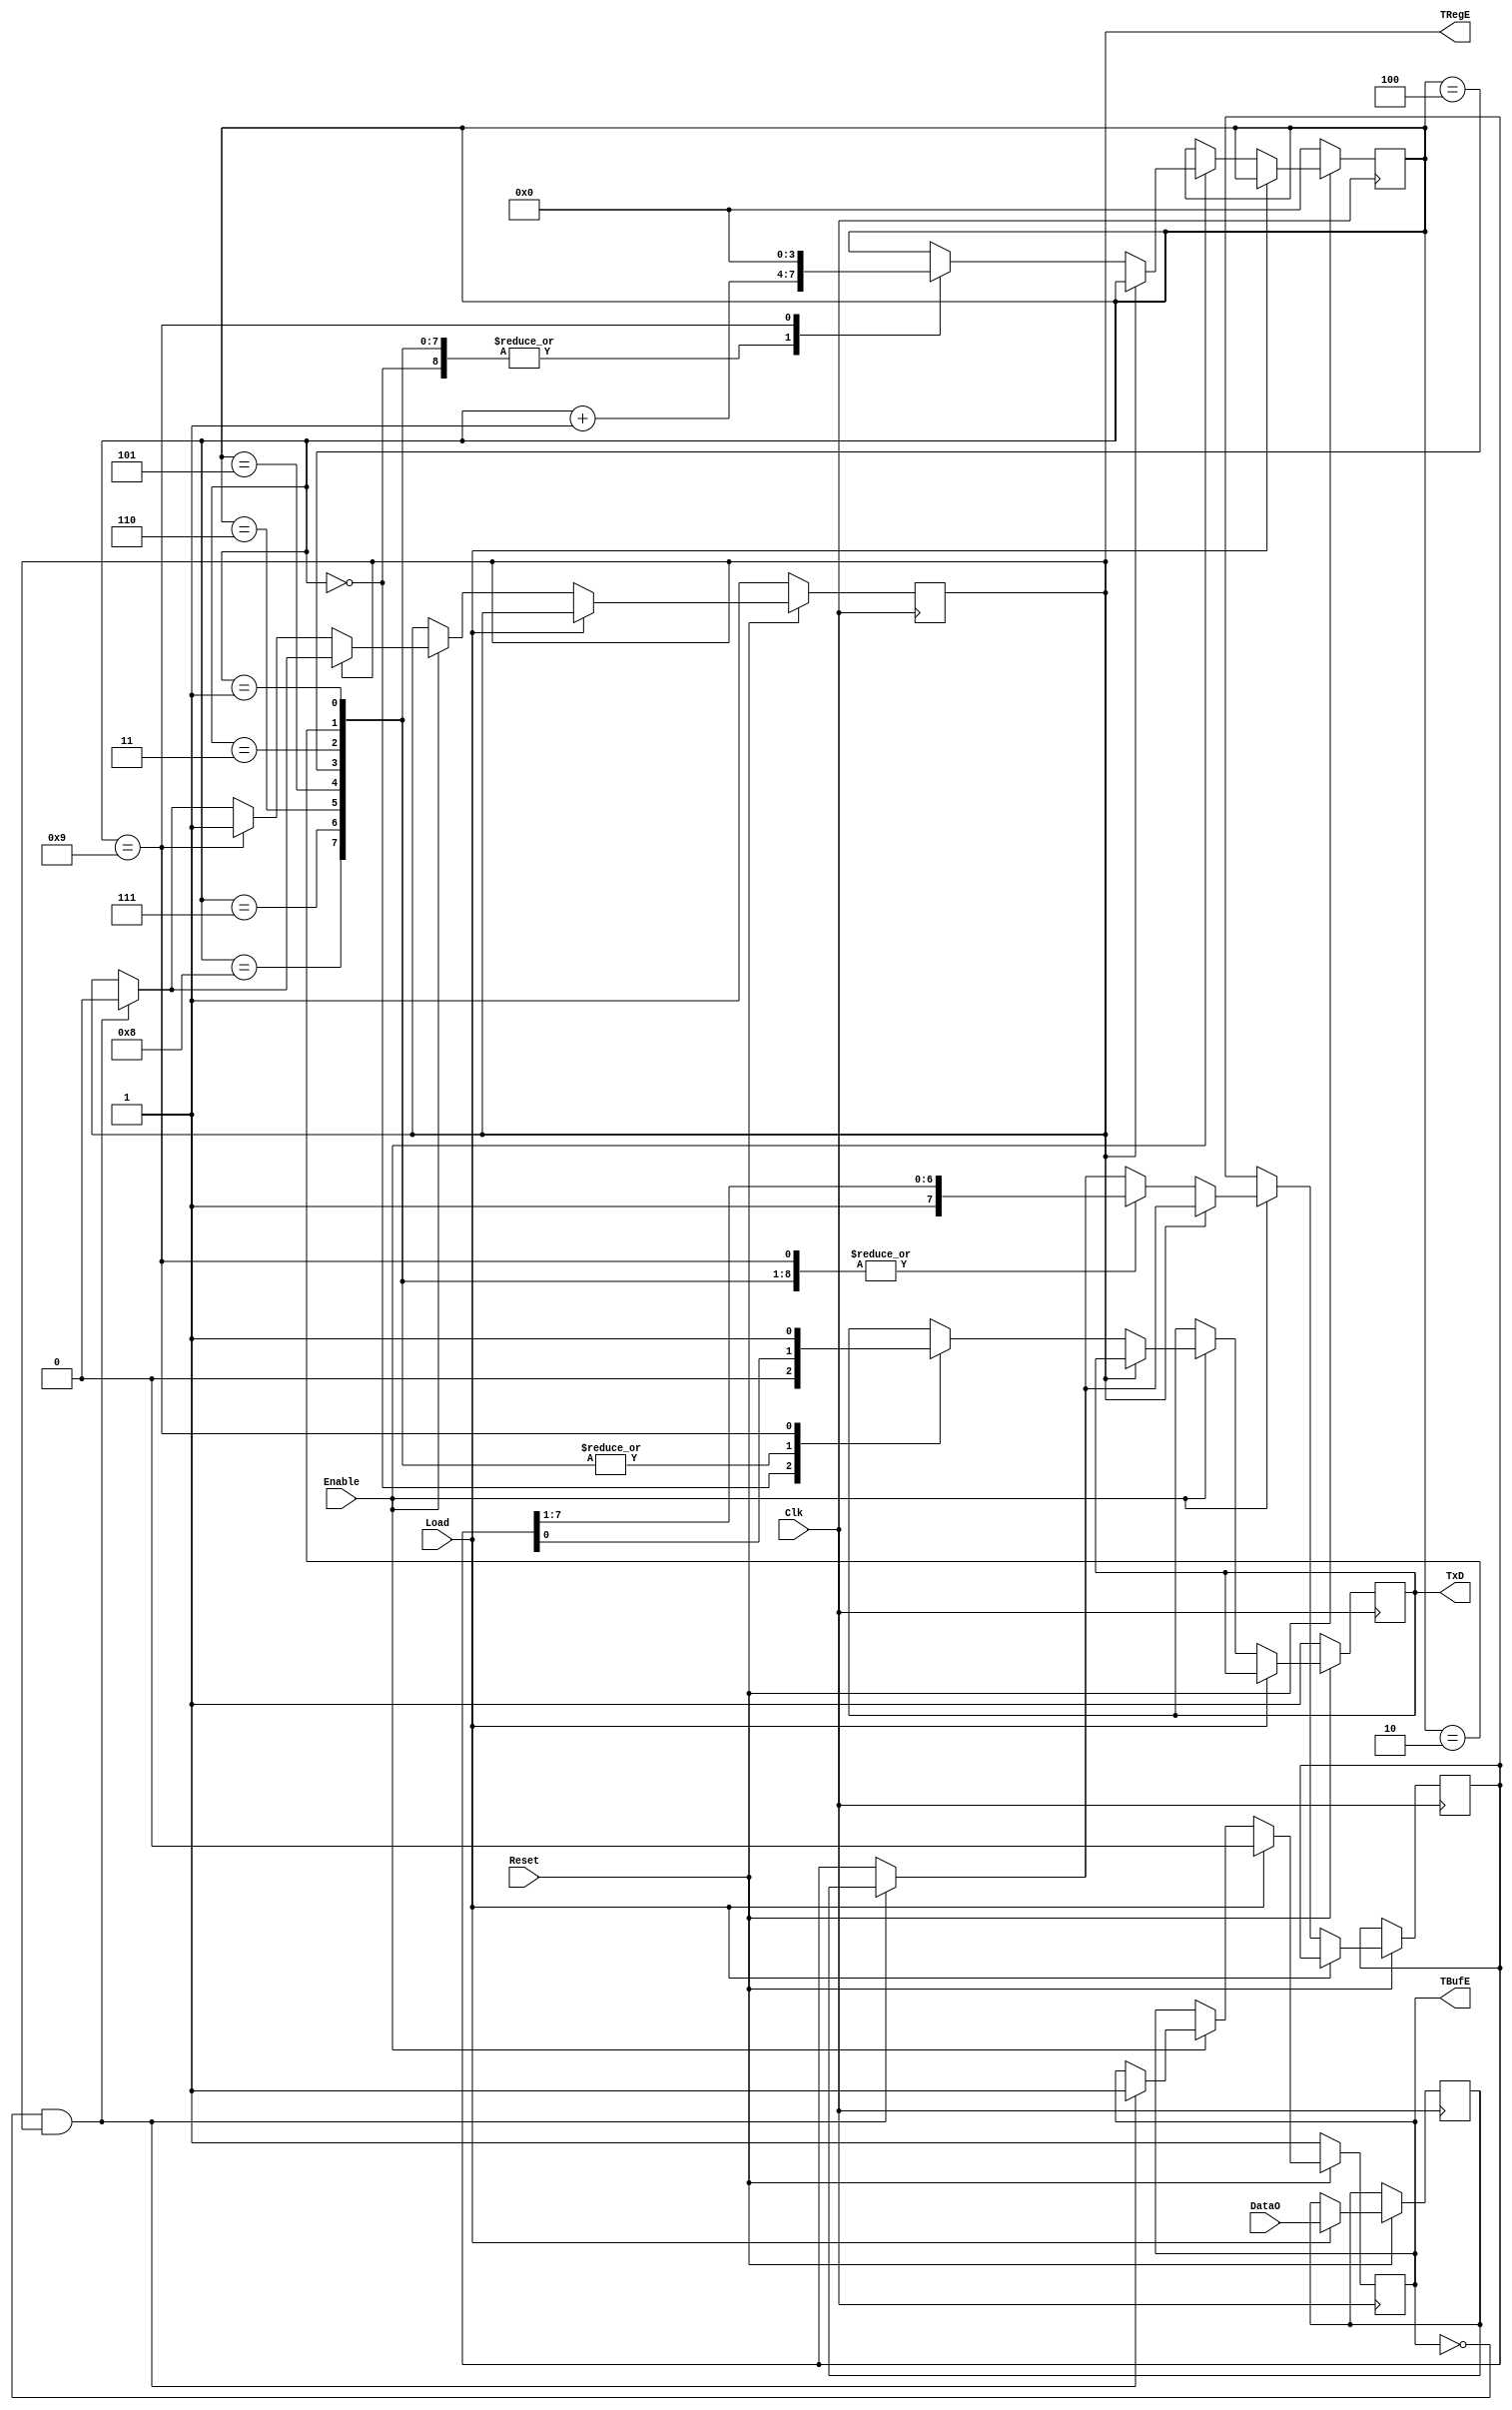
// File TxUnit.vhd translated with vhd2vl v2.0 VHDL to Verilog RTL translator
// Copyright (C) 2001 Vincenzo Liguori - Ocean Logic Pty Ltd - http://www.ocean-logic.com
// Modifications (C) 2006 Mark Gonzales - PMC Sierra Inc
// 
// vhd2vl comes with ABSOLUTELY NO WARRANTY
// ALWAYS RUN A FORMAL VERIFICATION TOOL TO COMPARE VHDL INPUT TO VERILOG OUTPUT 
// 
// This is free software, and you are welcome to redistribute it under certain conditions.
// See the license file license.txt included with the source for details.

//===========================================================================--
//
//  S Y N T H E Z I A B L E    miniUART   C O R E
//
//  www.OpenCores.Org - January 2000
//  This core adheres to the GNU public license  
//
// Design units   : miniUART core for the OCRP-1
//
//
// Purpose        : Implements an miniUART device for communication purposes 
//                  between the OR1K processor and the Host computer through
//                  an RS-232 communication protocol.
//                  
// Library        : uart_lib.vhd
//
// Dependencies   : IEEE.Std_Logic_1164
//
//===========================================================================--
//-----------------------------------------------------------------------------
// Revision list
// Version   Author                 Date                        Changes
//
// 0.1      Ovidiu Lupas       15 January 2000                 New model
// 2.0      Ovidiu Lupas       17 April   2000    unnecessary variable removed
//  olupas@opencores.org
//-----------------------------------------------------------------------------
// Description    : 
//-----------------------------------------------------------------------------
// Entity for the Tx Unit                                                    --
//-----------------------------------------------------------------------------
//-----------------------------------------------------------------------------
// Transmitter unit
//-----------------------------------------------------------------------------
`timescale 1ns/1ps

module TxUnit(
Clk,
Reset,
Enable,
Load,
TxD,
TRegE,
TBufE,
DataO
);

input Clk; // Clock signal
input Reset; // Reset input
input Enable; // Enable input
input Load; // Load transmit data
output TxD; // RS-232 data output
output TRegE; // Tx register empty
output TBufE; // Tx buffer empty
input[7:0] DataO;

wire   Clk;
wire   Reset;
wire   Enable;
wire   Load;
wire   TRegE;
wire   TBufE;
wire  [7:0] DataO;

reg   TxD;

//---------------------------------------------------------------------------
// Signals
//---------------------------------------------------------------------------
reg [7:0] TBuff; // transmit buffer
reg [7:0] TReg; // transmit register
reg [3:0] BitCnt; // bit counter
reg  tmpTRegE; // 
reg  tmpTBufE; //

  //---------------------------------------------------------------------------
  // Implements the Tx unit
  //---------------------------------------------------------------------------
  always @(posedge Clk) begin : P1
    reg  tmp_TRegE;

    if(Reset == 1'b 0) begin
      tmpTRegE <= 1'b1;
      tmpTBufE <= 1'b1;
      TxD <= 1'b1;
      BitCnt <= 4'b0000;
    end
    else if(Load == 1'b1) begin
      TBuff <= DataO;
      tmpTBufE <= 1'b0;
    end
    else if(Enable == 1'b1) begin
      if((tmpTBufE == 1'b0) && (tmpTRegE == 1'b1)) begin
        TReg <= TBuff;
        tmpTRegE <= 1'b0; // tmp_TRegE := '0';
        tmpTBufE <= 1'b1;
        //           else
        //              tmp_TRegE := tmpTRegE;
      end
      if(tmpTRegE == 1'b 0) begin
        case(BitCnt)
        4'b0000 : begin
          TxD <= 1'b 0;
          BitCnt <= BitCnt + 4'b0001;
        end
        4'b0001,4'b0010,4'b0011,4'b0100,4'b0101,4'b0110,4'b0111,4'b1000 : begin
          TxD <= TReg[0] ;
          TReg <= {1'b 1,TReg[7:1] };
          BitCnt <= BitCnt + 4'b0001;
        end
        4'b1001 : begin
          TxD <= 1'b1;
          TReg <= {1'b1,TReg[7:1] };
          BitCnt <= 4'b0000;
          tmpTRegE <= 1'b1;
        end
        default : begin
        end
        endcase
      end
    end
  end

  assign TRegE = tmpTRegE;
  assign TBufE = tmpTBufE;
//=================== End of architecture ====================--

endmodule